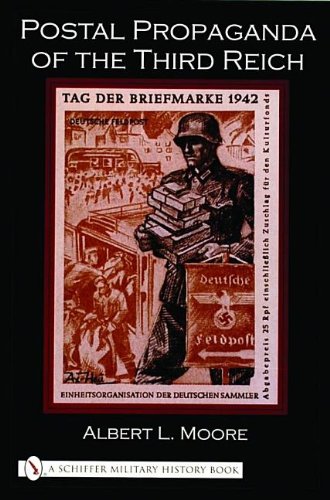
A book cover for Postal Propaganda of the Third Reich; Albert L. Moore; Crafts, Hobbies & Home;